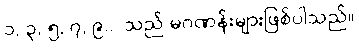
၁, ၃, ၅, ၇, ၉... သည် မဂဏန်းများဖြစ်ပါသည်။